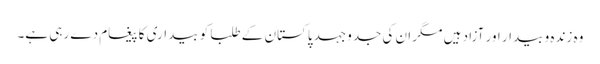
وہ زندہ و بیدار اور آزاد ہیں مگر ان کی جدوجہد پاکستان کے طلبا کو بیداری کا پیغام دے رہی ہے۔